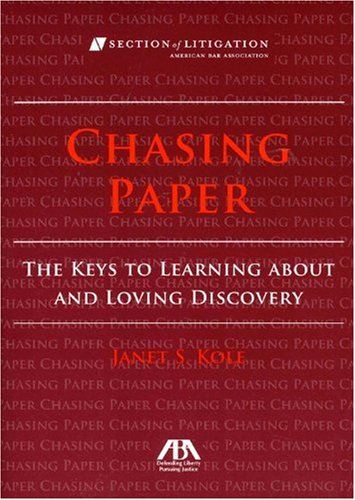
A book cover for Chasing Paper: The Keys to Learning About and Loving Discovery; Janet S. Kole; Law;